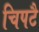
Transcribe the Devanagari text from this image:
चिपटै